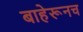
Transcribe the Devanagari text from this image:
बाहेरूनच